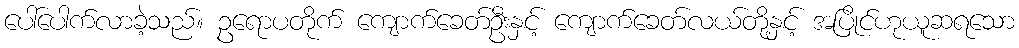
ပေါ်ပေါက်လာခဲ့သည်။ ဥရောပတိုက် ကျောက်ခေတ်ဦးနှင့် ကျောက်ခေတ်လယ်တို့နှင့် အပြိုင်ဟုယူဆရသော